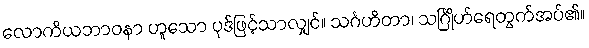
လောကိယဘာဝနာ ဟူသော ပုဒ်ဖြင့်သာလျှင်။ သင်္ဂဟိတာ၊ သင်္ဂြိုဟ်ရေတွက်အပ်၏။